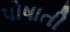
પોષાતી